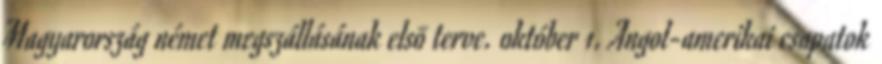
Magyarország német megszállásának elsõ terve. október 1. Angol-amerikai csapatok